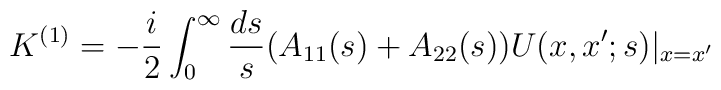
K^{(1)}=-\frac{i}{2}\int_{0}^{\infty}\frac{ds}{s}(A_{11}(s)+A_{22}(s))U(x,x';s)|_{x=x'}